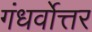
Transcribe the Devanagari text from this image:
गंधर्वोत्तर